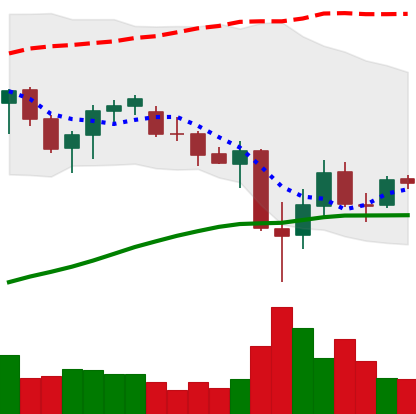
Ticker: ADA-USD
Chart end date: 2021-06-28
Forward return: 6.196%
Label: up_5_7